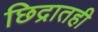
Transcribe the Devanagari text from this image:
छिद्रातही